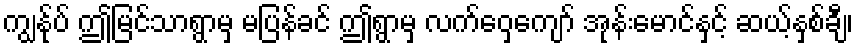
ကျွန်ုပ် ဤမြင်သာရွာမှ မပြန်ခင် ဤရွာမှ လက်ဝှေ့ကျော် အုန်းမောင်နှင့် ဆယ့်နှစ်ချီ၊